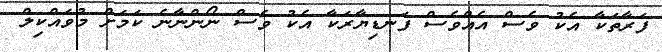
ފަރާތަކާ އެކު ވެސް އެއްވެސް ފަނޑިޔާރަކާ އެކު ވެސް ނޯންނާނެ ކަމަށް މުވައްކިލް